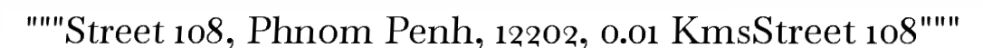
"""Street 108, Phnom Penh, 12202, 0.01 KmsStreet 108"""